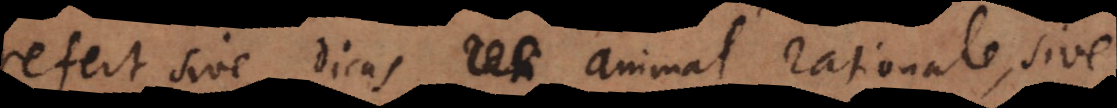
refert sive dicas animal rationale, sive